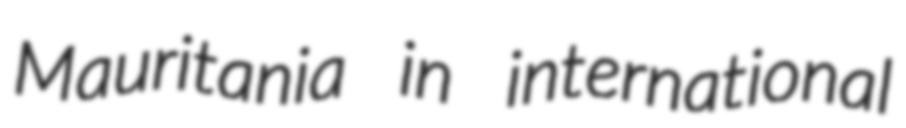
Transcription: Mauritania in international